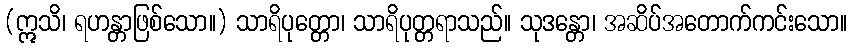
(ဣသိ၊ ရဟန္တာဖြစ်သော။) သာရိပုတ္တော၊ သာရိပုတ္တရာသည်။ သုဒန္တော၊ အဆိပ်အတောက်ကင်းသော။